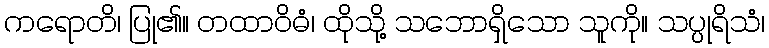
ကရောတိ၊ ပြု၏။ တထာဝိဓံ၊ ထိုသို့ သဘောရှိသော သူကို။ သပ္ပုရိသံ၊